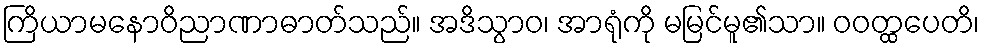
ကြိယာမနောဝိညာဏာဓာတ်သည်။ အဒိသွာဝ၊ အာရုံကို မမြင်မူ၏သာ။ ဝဝတ္ထပေတိ၊